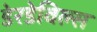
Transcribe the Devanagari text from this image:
डेरडेविल्स